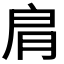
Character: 𦙪